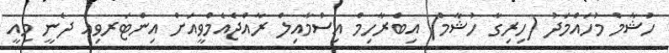
ހުޝާމް މުހައްމަދު (ހިރިގާ ހުޝާމް) އިބްރާހިމް އިސްމާއިލް ރާއްޖެއެމްވީއަށް އިންޓަރވިއު ދެނީ މިއީ